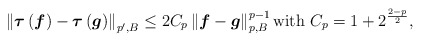
\begin{align*}\left\|{\boldsymbol\tau }\left(\boldsymbol f\right)-{\boldsymbol\tau }\left(\boldsymbol g\right)\right\|_{p',B}\leq 2C_{p}\left\|\boldsymbol f-\boldsymbol g\right\|_{p,B}^{p-1} \mbox{with} \ C_{p}=1+2^{\frac{2-p}{2}},\end{align*}